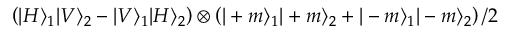
\left( | H \rangle _ { 1 } | V \rangle _ { 2 } - | V \rangle _ { 1 } | H \rangle _ { 2 } \right) \otimes \left( | + m \rangle _ { 1 } | + m \rangle _ { 2 } + | - m \rangle _ { 1 } | - m \rangle _ { 2 } \right) / 2